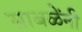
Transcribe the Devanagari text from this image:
साबळेंनी